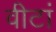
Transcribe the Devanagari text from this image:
वीटां